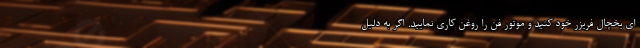
ای یخچال فریزر خود کنید و موتور فن را روغن کاری نمایید. اگر به دلیل